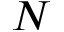
N